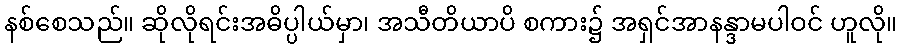
နစ်စေသည်။ ဆိုလိုရင်းအဓိပ္ပါယ်မှာ၊ အသီတိယာပိ စကား၌ အရှင်အာနန္ဒာမပါဝင် ဟူလို။